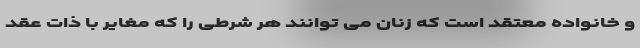
و خانواده معتقد است که زنان می توانند هر شرطی را که مغایر با ذات عقد